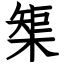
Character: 榘